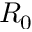
R _ { 0 }